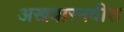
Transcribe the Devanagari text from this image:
अखबारनवीस